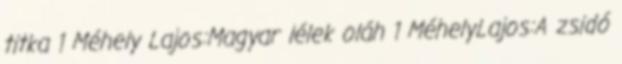
titka 1 Méhely Lajos:Magyar lélek oláh 1 MéhelyLajos:A zsidó